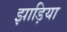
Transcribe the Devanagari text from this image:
झाड़िया